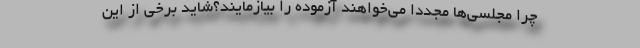
چرا مجلسی‌ها مجددا می‌خواهند آزموده را بیازمایند؟‌شاید برخی از این